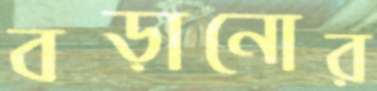
বড়ানোর